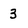
Character: 3